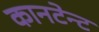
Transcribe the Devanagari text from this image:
कानटेन्‍ट